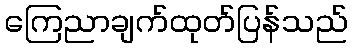
ကြေညာချက်ထုတ်ပြန်သည်